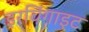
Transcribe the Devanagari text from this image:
इरविंगाइट